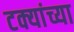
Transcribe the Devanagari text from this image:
टक्यांच्या